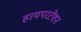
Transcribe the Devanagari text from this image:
हायपरटेंशन